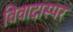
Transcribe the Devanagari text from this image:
विवादास्पर